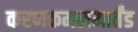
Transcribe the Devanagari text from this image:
करणकमलमार्तंड